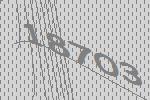
18703